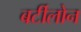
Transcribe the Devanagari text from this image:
बर्टीलोन